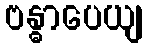
ဗန္ဓာပေယျ